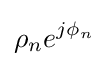
\rho _{n}e^{j\phi _{n}}